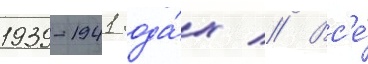
1939-1941 года́х // Вс'е́